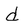
Character: d